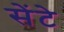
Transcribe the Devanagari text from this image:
सेंटे